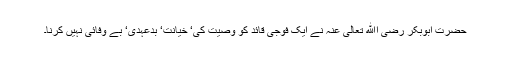
حضرت ابوبکر رضی اﷲ تعالیٰ عنہ نے ایک فوجی قائد کو وصیت کی‘ خیانت‘ بدعہدی‘ بے وفائی نہیں کرنا۔